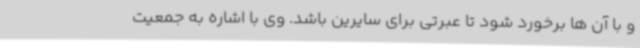
و با آن ها برخورد شود تا عبرتی برای سایرین باشد. وی با اشاره به جمعیت